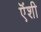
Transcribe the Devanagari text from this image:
ऎंशी